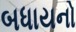
બધાયનો